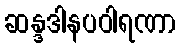
ဆန္ဒဒါနပဝါရဏာ